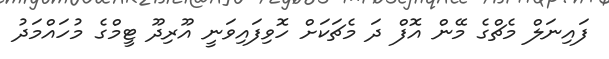
ފައިނަލް މެޗްގެ މޭން އޮފް ދަ މެޗަކަށް ހޮވިފައިވަނީ އޫރިދޫ ޓީމްގެ މުހައްމަދު